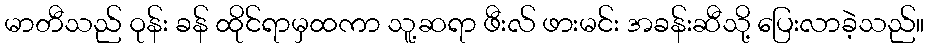
မာတီသည် ဝုန်း ခန် ထိုင်ရာမှထကာ သူ့ဆရာ ဖီးလ် ဖားမင်း အခန်းဆီသို့ ပြေးလာခဲ့သည်။